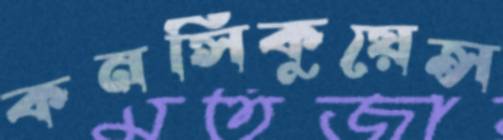
কনসিকুয়েন্স